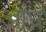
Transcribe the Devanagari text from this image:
आंध्रे